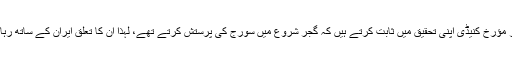
مشہور مؤرخ کنیڈی اپنی تحقیق میں ثابت کرتے ہیں کہ گجر شروع میں سورج کی پرستش کرتے تھے، لہذا ان کا تعلق ایران کے ساتھ رہا ہو گا۔